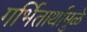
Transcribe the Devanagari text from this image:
गर्भितार्थामुळे